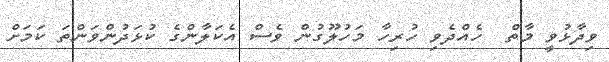
ވިދާޅުވީ މާތް  ހެއްދެވި ހުރިހާ މަހުލޫގުން ވެސް އެކަލާންގެ ކުޅަދުންވަންތަ ކަމަށް